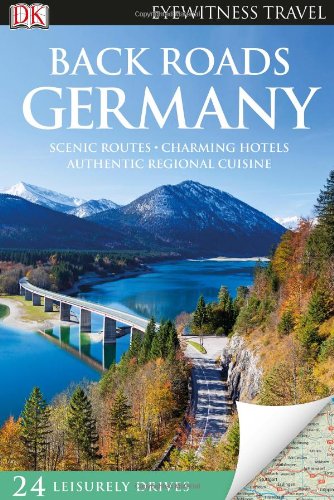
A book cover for Back Roads Germany (Eyewitness Travel Back Roads); DK Publishing; Travel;